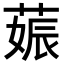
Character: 𦵢